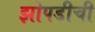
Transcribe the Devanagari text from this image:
झोपडीची